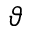
\vartheta